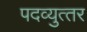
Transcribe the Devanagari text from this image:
पदव्‍युत्‍तर